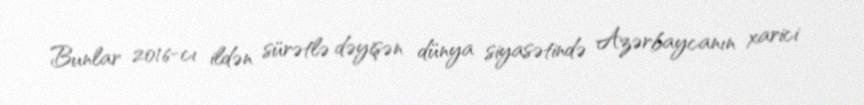
Bunlar 2016-cı ildən sürətlə dəyişən dünya siyasətində Azərbaycanın xarici